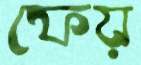
ফেয়